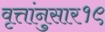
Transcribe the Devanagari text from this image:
वृत्तांनुसार१९